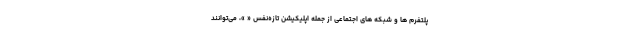
پلتفرم ها و شبکه های اجتماعی از جمله اپلیکیشن تازه‌نفس « »، می‌توانند